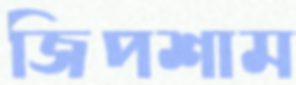
জিপশাম